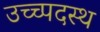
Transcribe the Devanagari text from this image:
उच्च्पदस्थ